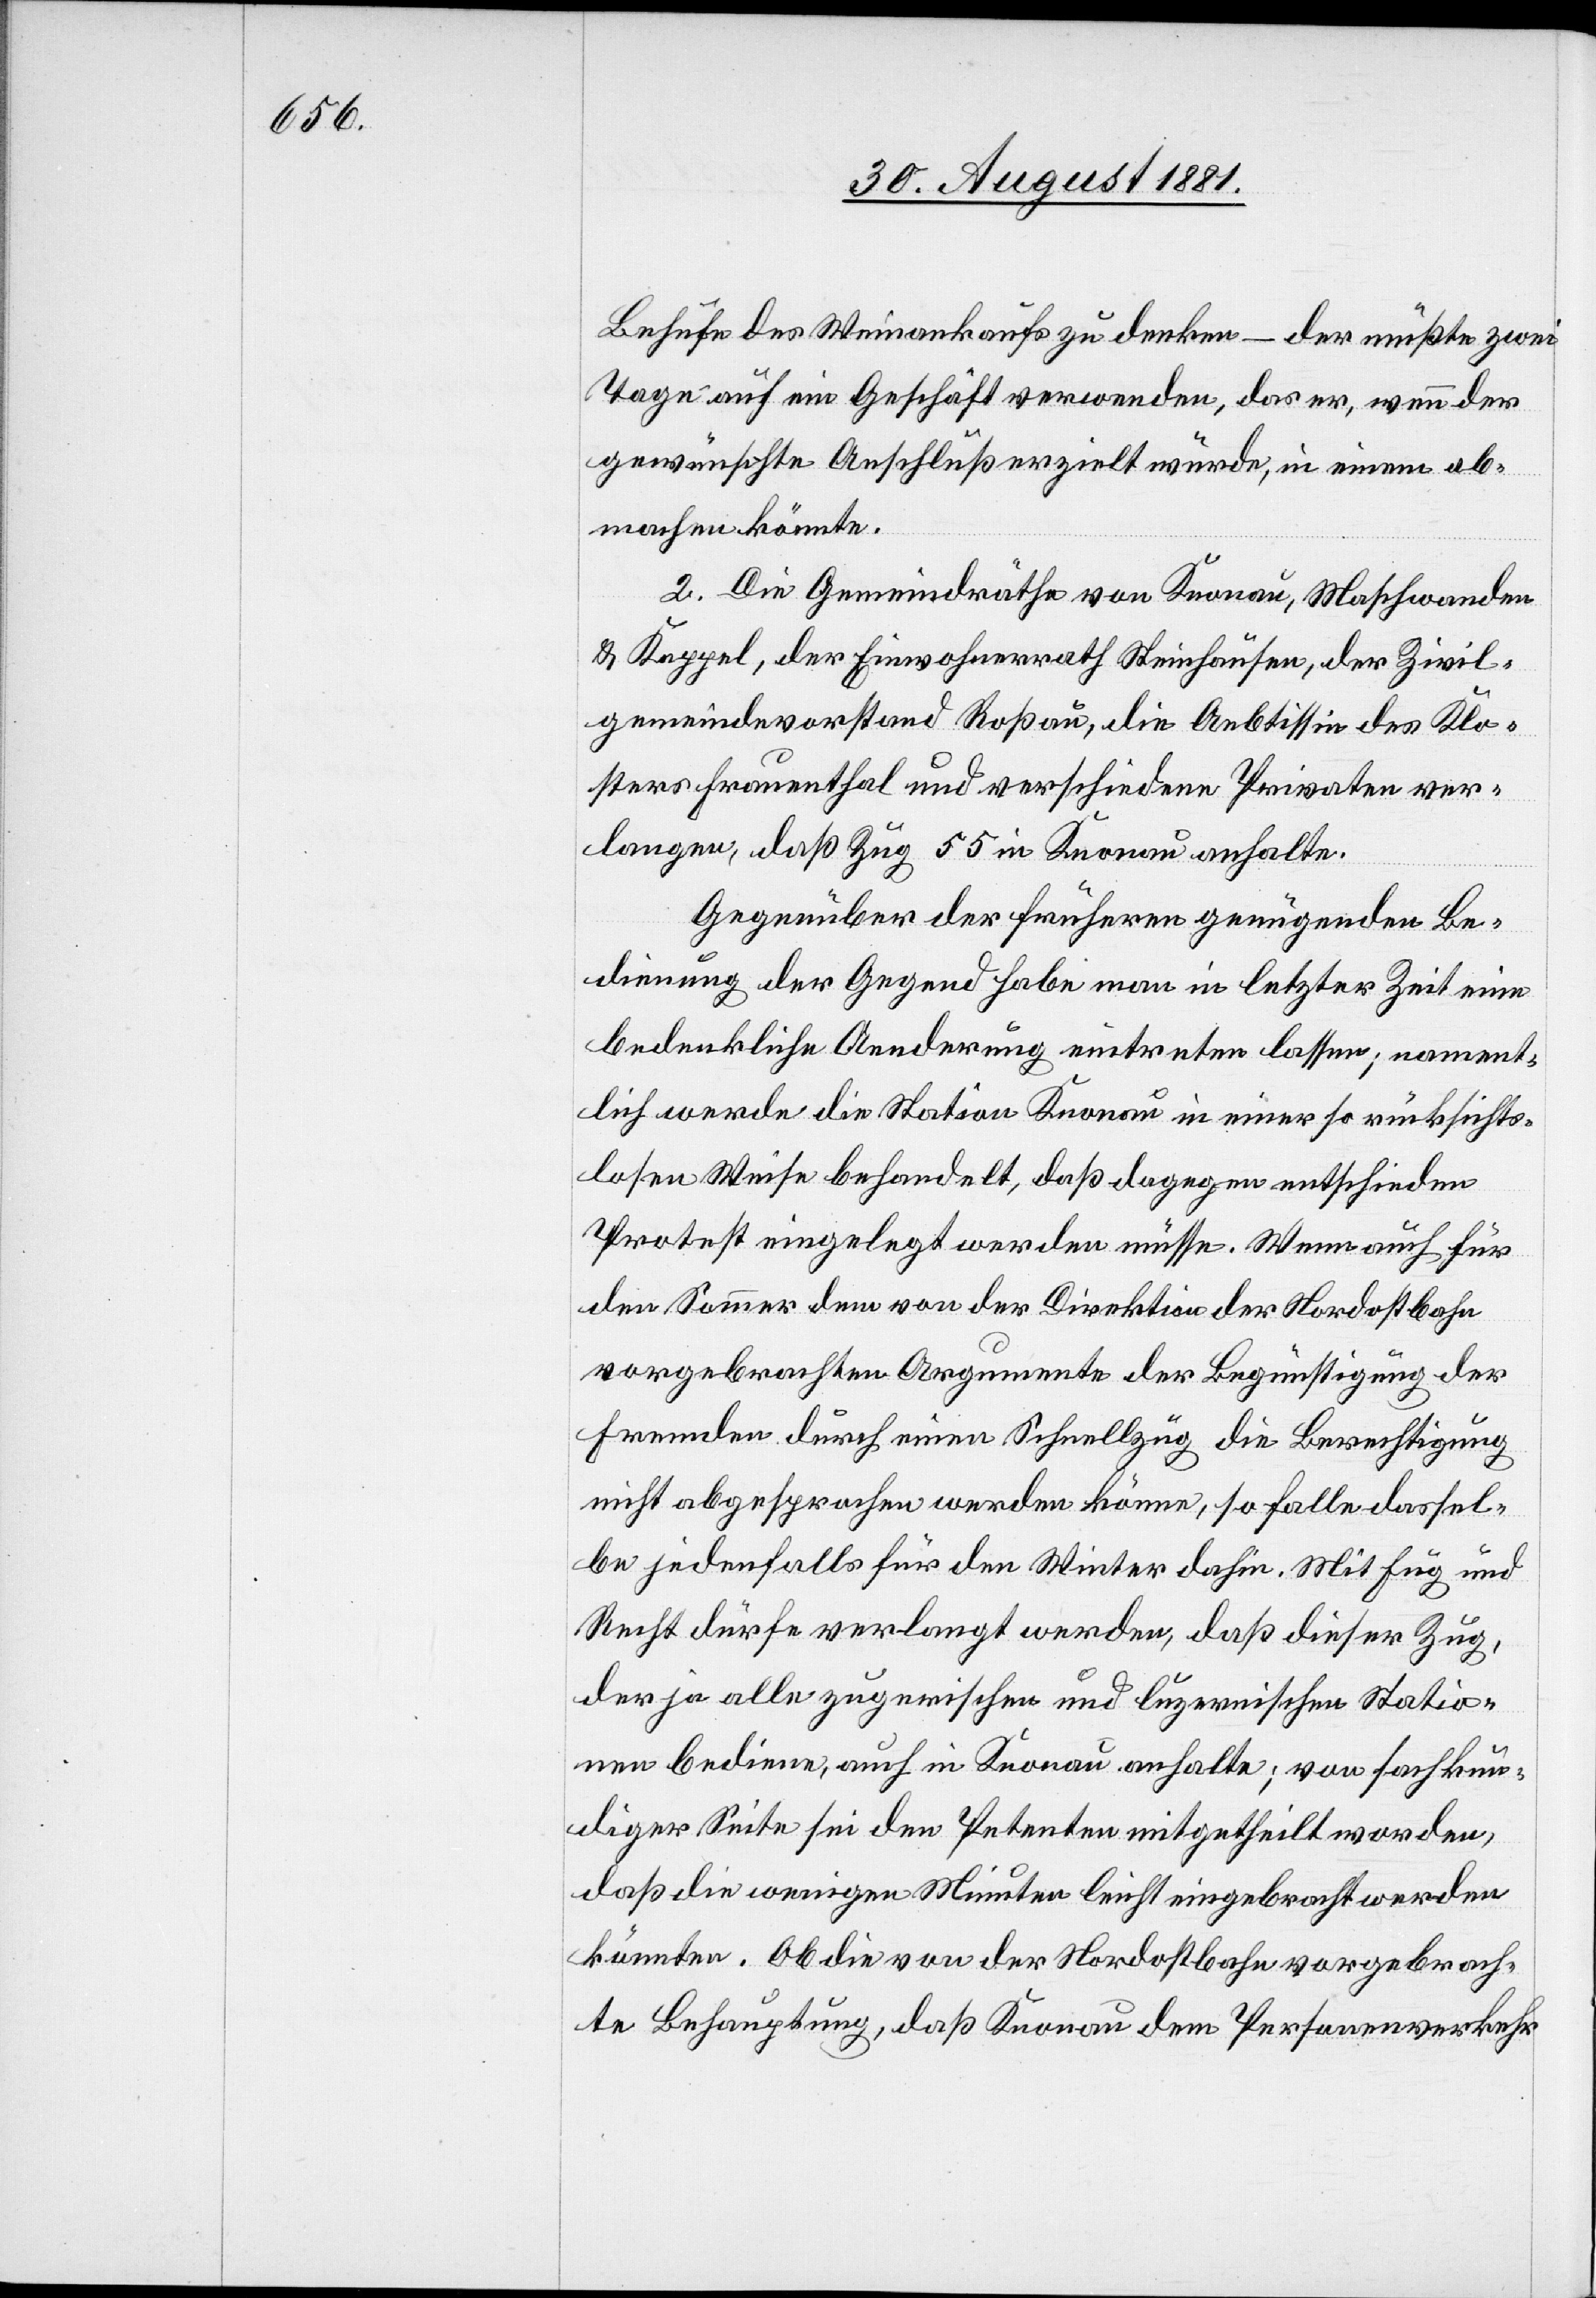
Behufe des Weinankaufs zu denken – der müßte zwei
Tage auf ein Geschäft verwenden, das er, wenn der
gewünschte Anschluß erzielt würde, in einem ab¬
machen könnte.
2. Die Gemeindräthe von Knonau, Maschwanden
& Kappel, der Einwohnerrath Steinhausen, der Zivil¬
gemeindevorstand Roßau, die Aebtissin des Klo¬
sters Frauenthal und verschiedene Privaten ver¬
langen, daß Zug 55 in Knonau anhalte.
Gegenüber der früheren genügenden Be¬
dingung der Gegend habe man in letzter Zeit eine
bedenkliche Aenderung eintreten lassen; nament¬
lich werde die Station Knonau in einer so rücksichts¬
losen Weise behandelt, daß dagegen entschieden
Protest eingelegt werden müsse. Wenn auch für
den Sommer dem von der Direktion der Nordostbahn
vorgebrachten Argumente der Begünstigung der
Fremden durch einen Schnellzug die Berechtigung
nicht abgesprochen werden könne, so falle dassel¬
be jedenfalls für den Winter dahin. Mit Fug und
Recht dürfe verlangt werden, daß dieser Zug,
der ja alle zugerischen und luzernerischen Statio¬
nen bediene, auch in Knonau anhalte; von sachkun¬
diger Seite sei den Petenten mitgetheilt worden,
daß die wenigen Minuten leicht eingebracht werden
könnten. Ob die von der Nordostbahn vorgebrach¬
te Behauptung, daß Knonau dem Personenverkehr